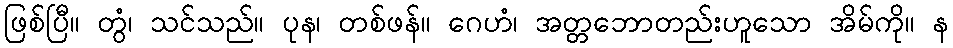
ဖြစ်ပြီ။ တွံ၊ သင်သည်။ ပုန၊ တစ်ဖန်။ ဂေဟံ၊ အတ္တဘောတည်းဟူသော အိမ်ကို။ န